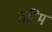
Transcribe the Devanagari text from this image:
तरिम